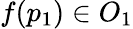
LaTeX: f(p_{1})\in O_{1}